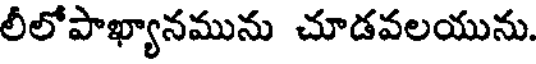
లీలోపాఖ్యానమును చూడవలయును.